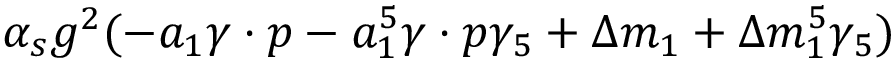
\alpha _ { s } g ^ { 2 } ( - a _ { 1 } \gamma \cdot p - a _ { 1 } ^ { 5 } \gamma \cdot p \gamma _ { 5 } + \Delta m _ { 1 } + \Delta m _ { 1 } ^ { 5 } \gamma _ { 5 } )